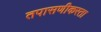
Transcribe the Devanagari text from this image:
तपासणीकरता